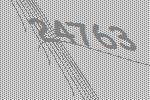
24763